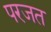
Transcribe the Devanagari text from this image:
परजत